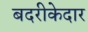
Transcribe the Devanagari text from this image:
बदरीकेदार